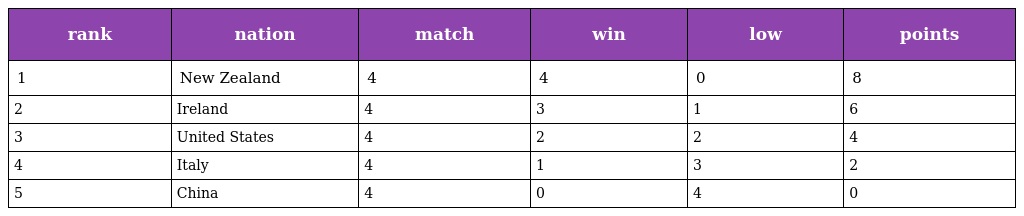
| rank | nation | match | win | low | points |
 | --- | --- | --- | --- | --- | --- |
 | 1 | New Zealand | 4 | 4 | 0 | 8 |
 | 2 | Ireland | 4 | 3 | 1 | 6 |
 | 3 | United States | 4 | 2 | 2 | 4 |
 | 4 | Italy | 4 | 1 | 3 | 2 |
 | 5 | China | 4 | 0 | 4 | 0 |